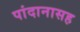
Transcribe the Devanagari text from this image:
पांदानासह